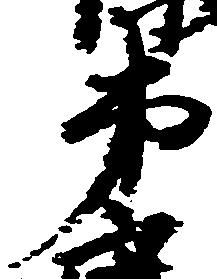
弟